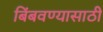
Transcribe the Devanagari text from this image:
बिंबवण्यासाठी